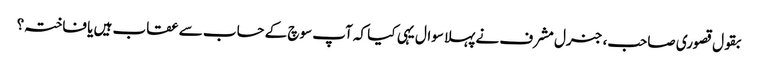
بقول قصوری صاحب، جنرل مشرف نے پہلا سوال یہی کیا کہ آپ سوچ کے حساب سے عقاب ہیں یا فاختہ؟